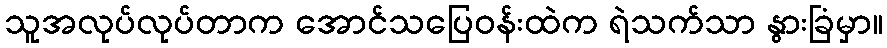
သူအလုပ်လုပ်တာက အောင်သပြေဝန်းထဲက ရဲသက်သာ နွားခြံမှာ။